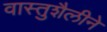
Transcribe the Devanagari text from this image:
वास्तुशैलीने